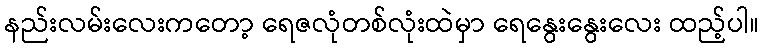
နည်းလမ်းလေးကတော့ ရေဇလုံတစ်လုံးထဲမှာ ရေနွေးနွေးလေး ထည့်ပါ။